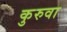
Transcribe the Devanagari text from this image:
कुरुवा